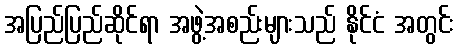
အပြည်ပြည်ဆိုင်ရာ အဖွဲ့အစည်းများသည် နိုင်ငံ အတွင်း